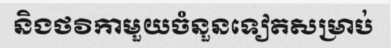
និងថវិកាមួយចំនួនទៀតសម្រាប់